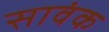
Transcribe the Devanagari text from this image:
सावंक